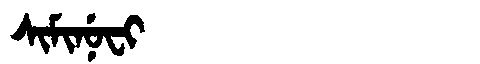
Manchu: ᠰᡳᠮᡳᠨᡠᠸᡳ
Romanization: SIMINUFI